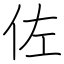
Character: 佐